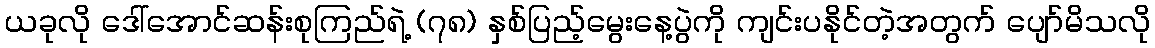
ယခုလို ဒေါ်အောင်ဆန်းစုကြည်ရဲ့ (၇၈) နှစ်ပြည့်မွေးနေ့ပွဲကို ကျင်းပနိုင်တဲ့အတွက် ပျော်မိသလို